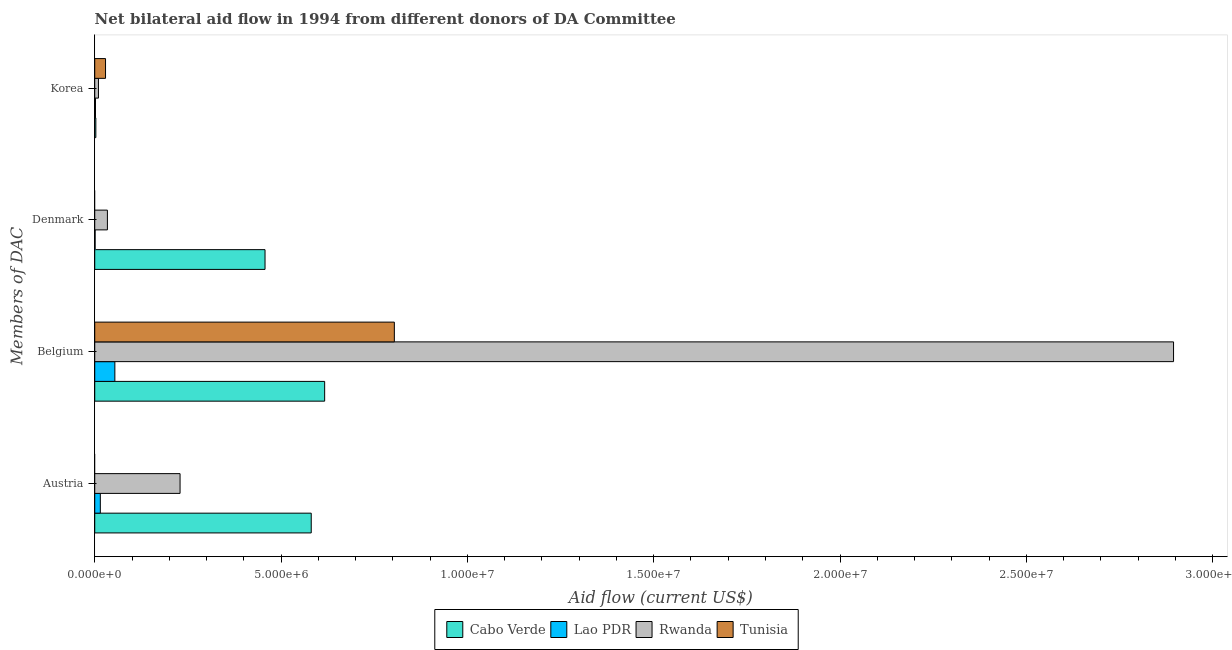
| Members of DAC | Cabo Verde | Lao PDR | Rwanda | Tunisia |
 | --- | --- | --- | --- | --- |
 | Austria | 5.81e+06 | 1.5e+05 | 2.29e+06 | -3.71e+06 |
 | Belgium | 6.17e+06 | 5.4e+05 | 2.9e+07 | 8.04e+06 |
 | Denmark | 4.57e+06 | 1e+04 | 3.4e+05 | -2.2e+05 |
 | Korea | 3e+04 | 2e+04 | 1e+05 | 2.9e+05 |